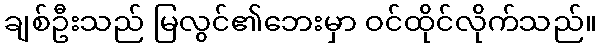
ချစ်ဦးသည် မြလွင်၏ဘေးမှာ ဝင်ထိုင်လိုက်သည်။